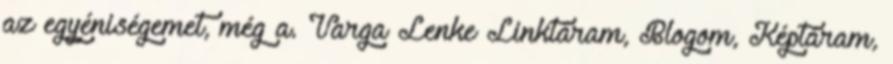
az egyéniségemet, még a. Varga Lenke Linktáram, Blogom, Képtáram,